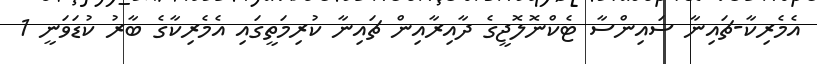
އެމެރިކާ-ޗައިނާ ސައިންސާ ޓެކްނޮލޮޖީގެ ދާއިރާއިން ޗައިނާ ކުރިމަތީގައި އެމެރިކާގެ ބާރު ކުޑަވަނީ 1